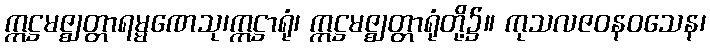
ဣဋ္ဌမဇ္ဈတ္တာရမ္မဏေသု၊ဣဋ္ဌာရုံ၊ ဣဋ္ဌမဇ္ဈတ္တာရုံတို့၌။ ကုသလဇဝနဝသေန၊